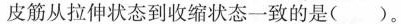
皮筋从拉伸状态到收缩状态一致的是()。